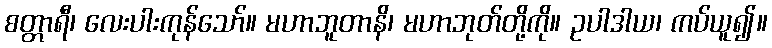
စတ္တာရီ၊ လေးပါးကုန်သော်။ မဟာဘူတာနိ၊ မဟာဘုတ်တို့ကို။ ဥပါဒါယ၊ ကပ်ယူ၍။